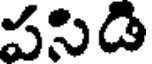
పసిడి